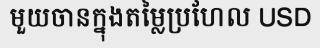
មួយចានក្នុងតម្លៃប្រហែល USD